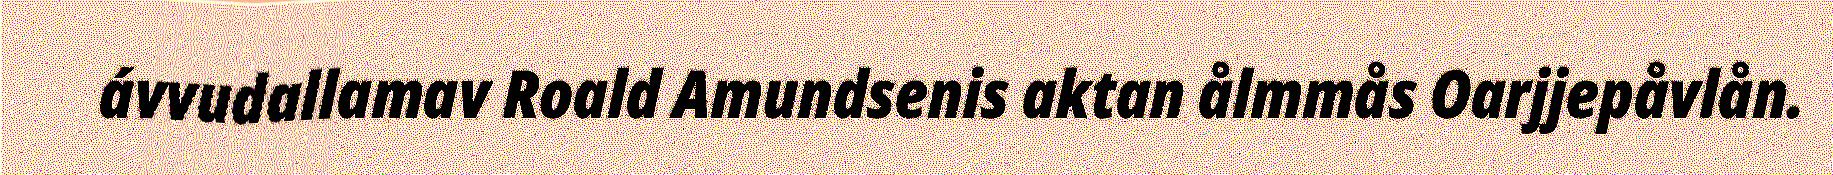
ávvudallamav Roald Amundsenis aktan ålmmås Oarjjepåvlån.